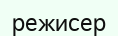
режисер